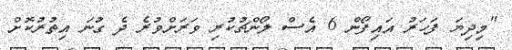
"މިދިޔަ ފަހަރު އައިފޯން 6 އެސް ލޯންޗުކުރި ވަރަށްވުރެ ދެ ގުނަ އިތުރުކޮށް